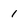
Character: 1